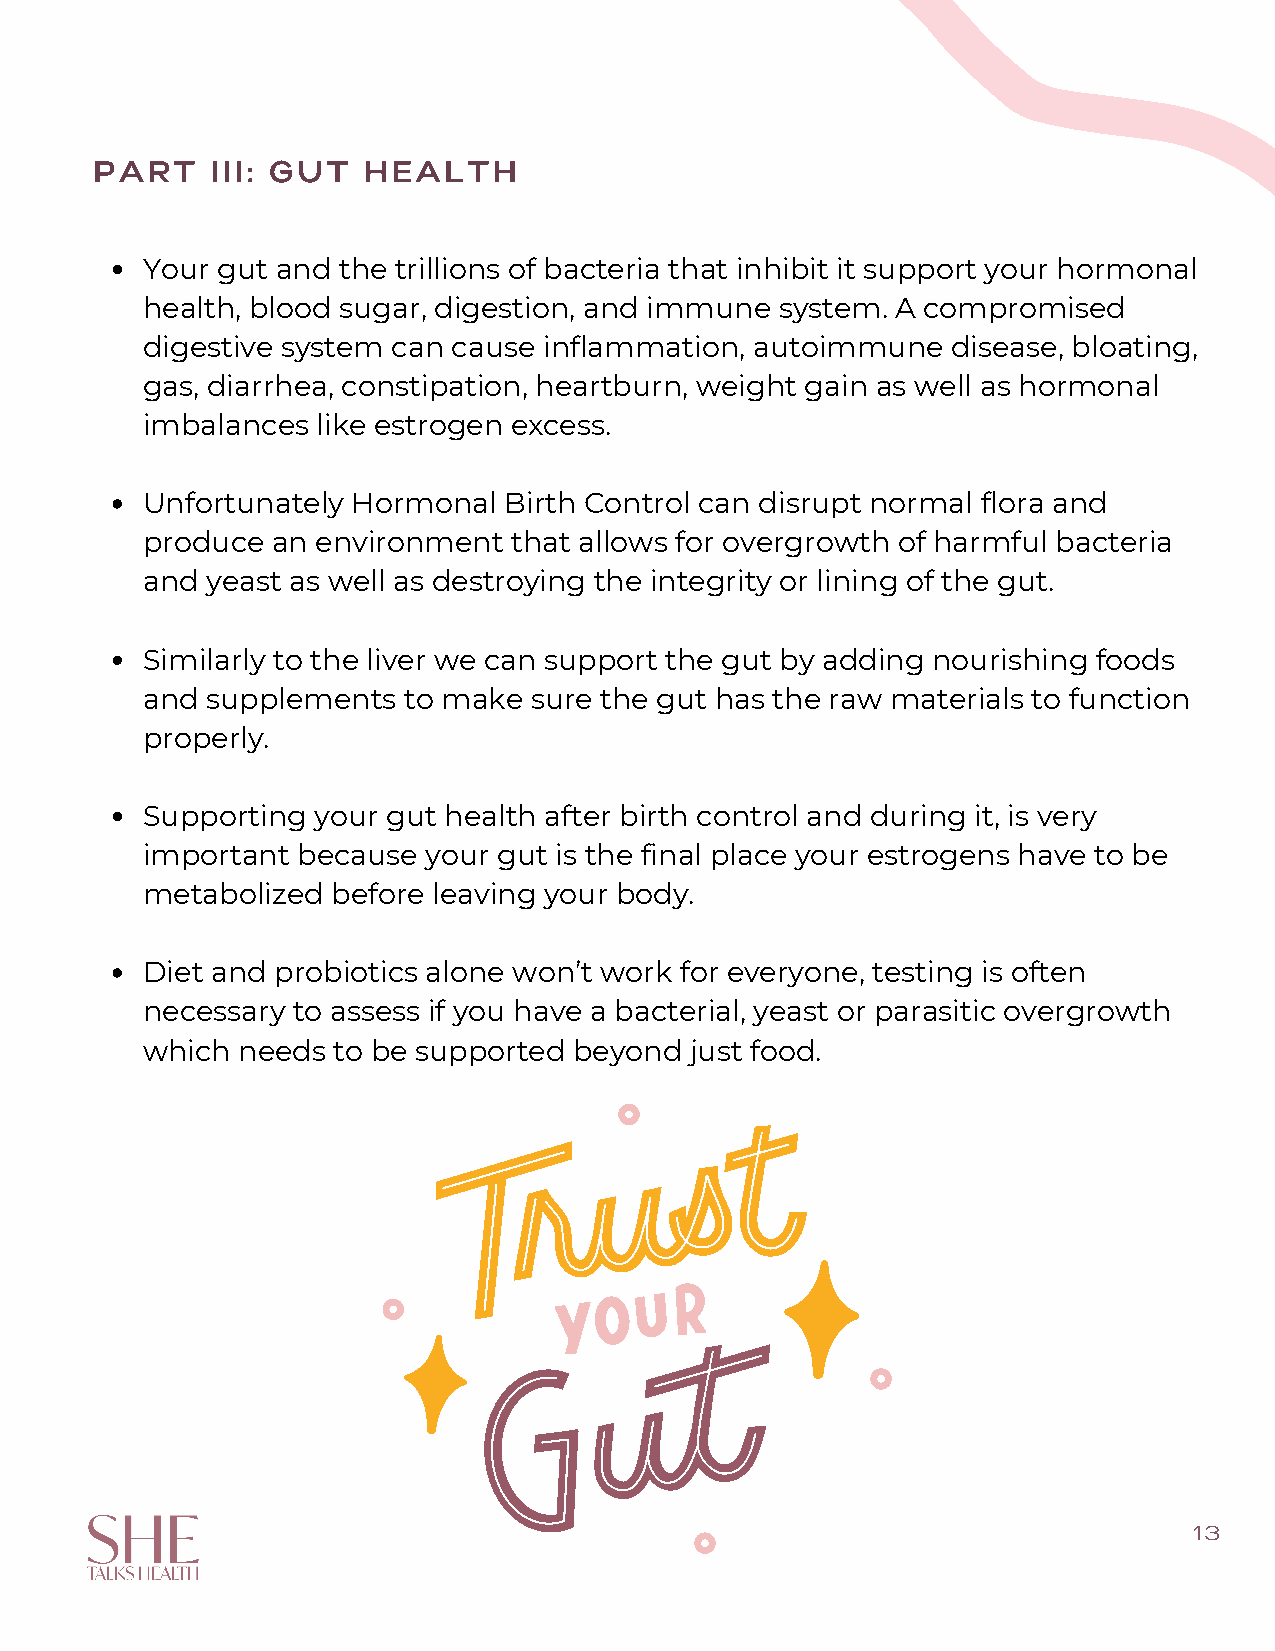
PART    III: GUT  HEALTH
 Your gut and the trillions of bacteria that inhibit it support your hormonal
 health, blood sugar, digestion, and immune system. A compromised
 digestive system can cause inflammation, autoimmune   disease, bloating,
 gas, diarrhea, constipation, heartburn, weight gain as well as hormonal
 imbalances  like estrogen excess.
 Unfortunately Hormonal  Birth Control can disrupt normal flora and
 produce  an environment  that allows for overgrowth of harmful bacteria
 and  yeast as well as destroying the integrity or lining of the gut.
 Similarly to the liver we can support the gut by adding nourishing foods
 and  supplements  to make sure the gut has the raw materials to function
 properly.
 Supporting  your gut health after birth control and during it, is very
 important  because your gut is the final place your estrogens have to be
 metabolized  before leaving your body.
 Diet and probiotics alone won’t work for everyone, testing is often
 necessary to assess if you have a bacterial, yeast or parasitic overgrowth
 which  needs to be supported beyond  just food.
 13